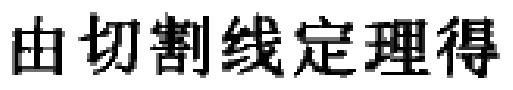
由切割线定理得